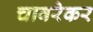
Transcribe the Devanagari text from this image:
चावरेकर